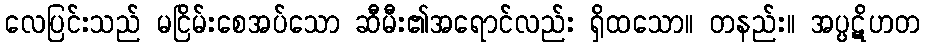
လေပြင်းသည် မငြိမ်းစေအပ်သော ဆီမီး၏အရောင်လည်း ရှိထသော။ တနည်း။ အပ္ပဋိဟတ